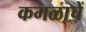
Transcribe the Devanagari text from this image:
कमळाचें